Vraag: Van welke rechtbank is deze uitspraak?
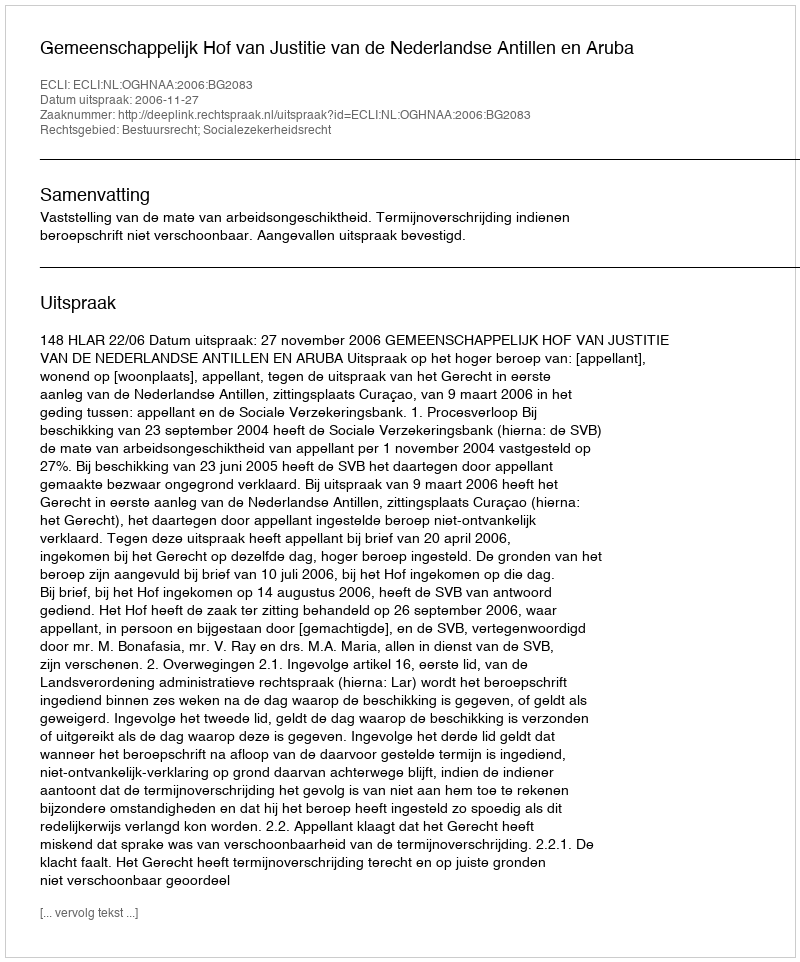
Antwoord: Gemeenschappelijk Hof van Justitie van de Nederlandse Antillen en Aruba